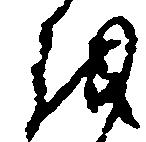
越